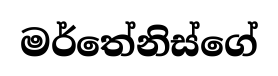
මර්තේනිස්ගේ